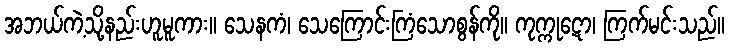
အဘယ်ကဲ့သို့နည်းဟူမူကား။ သေနကံ၊ သေကြောင်းကြံသောစွန်ကို။ ကုက္ကုဋော၊ ကြက်မင်းသည်။